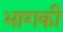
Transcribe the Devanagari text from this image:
भागकी